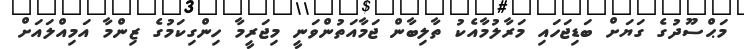
މަޙްސޫދުގެ ގަޔަށް ބަޑިޖަހައި މަރާލުމާއެކު ތާލިބާން ޖަމާއަތުންވަނީ މިޖަރީމާ ހިންގިކަމުގެ ޒިންމާ އަމިއްލައަށް